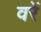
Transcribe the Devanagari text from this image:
वरें